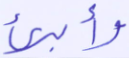
وأبرئ